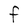
Character: e